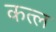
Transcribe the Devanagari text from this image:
कत्‍ल